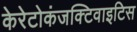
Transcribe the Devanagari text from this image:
केरेटोकंजक्टिवाइटिस